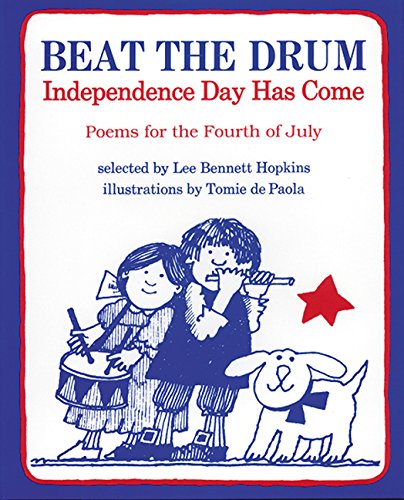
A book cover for Beat the Drum, Independence Day Has Come: Poems for the Fourth of July; Children's Books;